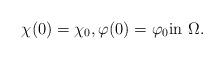
LaTeX: \begin{align*} \chi(0) = \chi_0, \varphi(0) = \varphi_0 \textrm{in $\Omega$}.\end{align*}